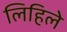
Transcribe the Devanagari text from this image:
लिहिलेे